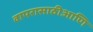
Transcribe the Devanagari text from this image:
वापरासाठीआणि